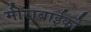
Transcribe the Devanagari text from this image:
मीराबाईको